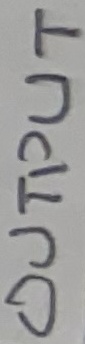
Text: OUTPUT